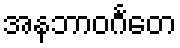
အနဘာဝင်္ဂတေ